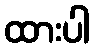
ထားပါ